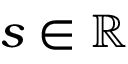
s \in \mathbb { R }